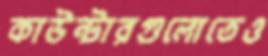
কাউন্টারগুলোতেও